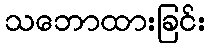
သဘောထားခြင်း